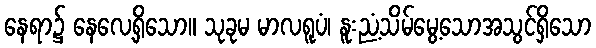
နေရာ၌ နေလေ့ရှိသော။ သုခုမ မာလရူပံ၊ နူးညံ့သိမ်မွေ့သောအသွင်ရှိသော